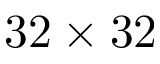
3 2 \times 3 2